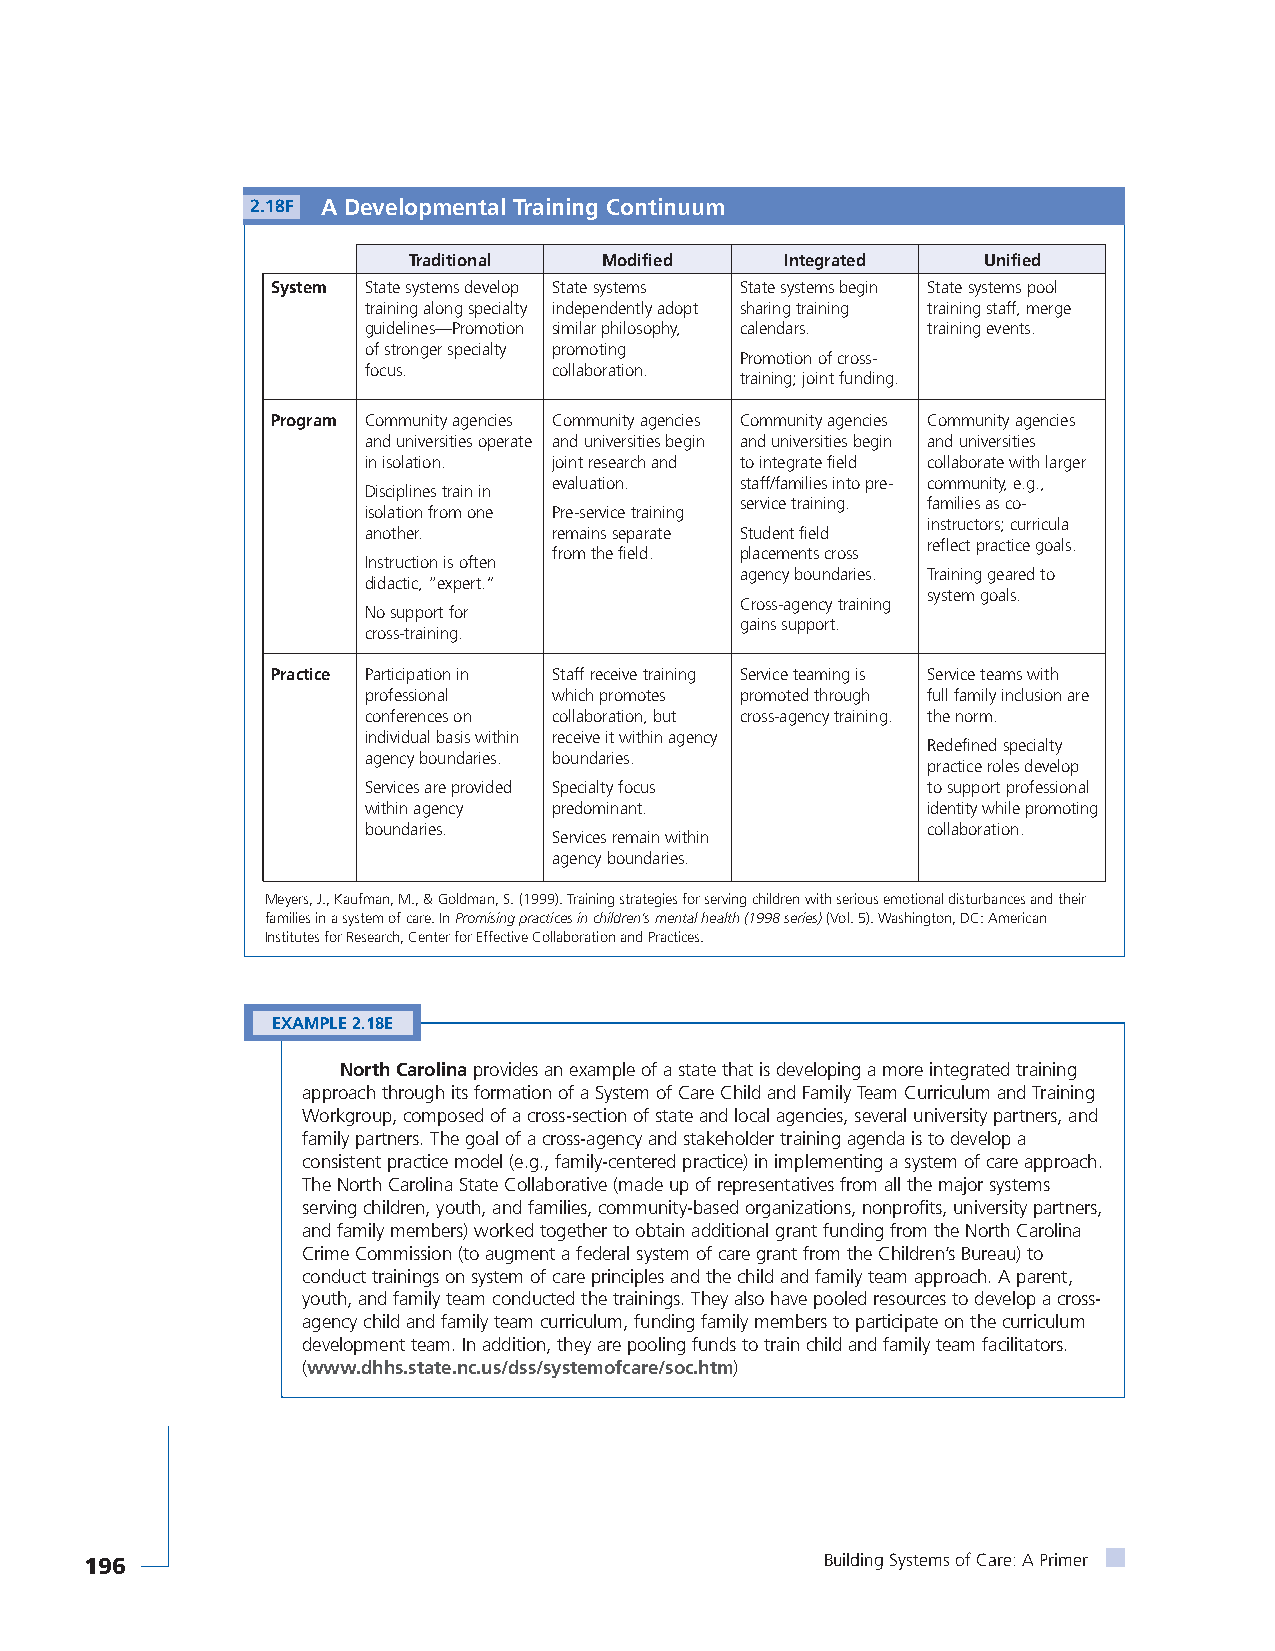
2.18F A Developmental Training Continuum
 Traditional  Modified    Integrated   Unified
 System State systems develop State systems State systems begin State systems pool
 training along specialty independently adopt sharing training training staff, merge
 guidelines—Promotion similar philosophy, calendars. training events.
 of stronger specialty promoting
 Promotion of cross-
 focus.       collaboration.
 training; joint funding.
 Program Community agencies Community agencies Community agencies Community agencies
 and universities operate and universities begin and universities begin and universities
 in isolation. joint research and to integrate field collaborate with larger
 evaluation. staff/families into pre- community, e.g.,
 Disciplines train in
 service training. families as co-
 isolation from one Pre-service training
 instructors; curricula
 another.     remains separate Student field
 reflect practice goals.
 from the field. placements cross
 Instruction is often
 agency boundaries. Training geared to
 didactic, “expert.”
 system goals.
 Cross-agency training
 No support for
 gains support.
 cross-training.
 Practice Participation in Staff receive training Service teaming is Service teams with
 professional which promotes promoted through full family inclusion are
 conferences on collaboration, but cross-agency training. the norm.
 individual basis within receive it within agency
 Redefined specialty
 agency boundaries. boundaries.
 practice roles develop
 Services are provided Specialty focus to support professional
 within agency predominant.           identity while promoting
 boundaries.                          collaboration.
 Services remain within
 agency boundaries.
 Meyers, J., Kaufman, M., & Goldman, S. (1999). Training strategies for serving children with serious emotional disturbances and their
 families in a system of care. In Promising practices in children’s mental health (1998 series)(Vol. 5). Washington, DC: American
 Institutes for Research, Center for Effective Collaboration and Practices.
 EXAMPLE 2.18E
 North Carolinaprovides an example of a state that is developing a more integrated training
 approach through its formation of a System of Care Child and Family Team Curriculum and Training
 Workgroup, composed of a cross-section of state and local agencies, several university partners, and
 family partners. The goal of a cross-agency and stakeholder training agenda is to develop a
 consistent practice model (e.g., family-centered practice) in implementing a system of care approach.
 The North Carolina State Collaborative (made up of representatives from all the major systems
 serving children, youth, and families, community-based organizations, nonprofits, university partners,
 and family members) worked together to obtain additional grant funding from the North Carolina
 Crime Commission (to augment a federal system of care grant from the Children’s Bureau) to
 conduct trainings on system of care principles and the child and family team approach. A parent,
 youth, and family team conducted the trainings. They also have pooled resources to develop a cross-
 agency child and family team curriculum, funding family members to participate on the curriculum
 development team. In addition, they are pooling funds to train child and family team facilitators.
 (www.dhhs.state.nc.us/dss/systemofcare/soc.htm)
 196                                              Building Systems of Care: A Primer